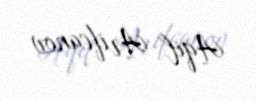
Aqil Arifcanov